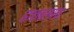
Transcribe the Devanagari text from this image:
हातालाच